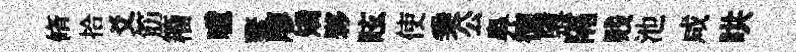
脩拾爻筋籕噫鳌廖矯夥眩使乗公鼻徳隳隔贱池咸哄